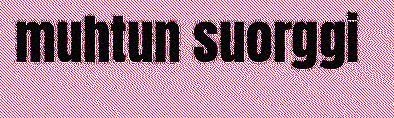
muhtun suorggi